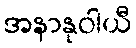
အနာနုဝါယီ